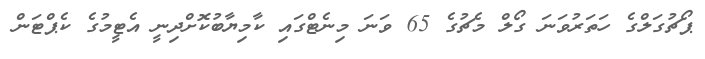
ޕޯޗުގަލްގެ ހަތަރުވަނަ ގޯލް މެޗުގެ 65 ވަނަ މިނެޓްގައި ކާމިޔާބުކޮށްދިނީ އެޓީމުގެ ކެޕްޓަން